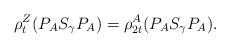
LaTeX: \begin{align*}\rho^Z_t(P_A S_\gamma P_A ) = \rho^A_{2t}(P_A S_\gamma P_A ). \end{align*}